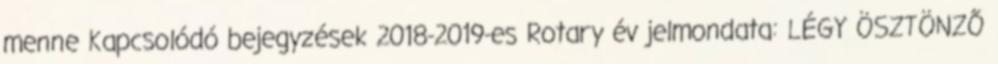
menne Kapcsolódó bejegyzések 2018-2019-es Rotary év jelmondata: LÉGY ÖSZTÖNZŐ